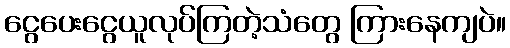
ငွေပေးငွေယူလုပ်ကြတဲ့သံတွေ ကြားနေကျပဲ။